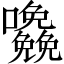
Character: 𱕷